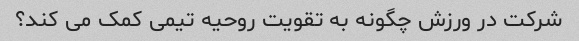
شرکت در ورزش چگونه به تقویت روحیه تیمی کمک می کند؟